Report of the Indian Hemp Drugs Commission, 1894-1895 - Volume IV
Year: 1894
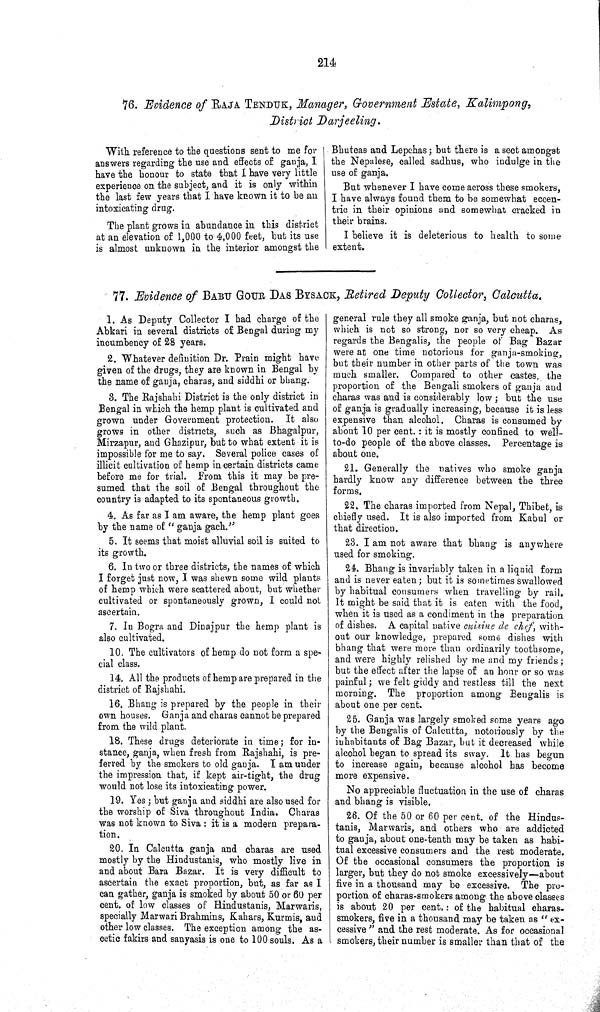
214
76. Evidence of RAJA TENDUK, Manager, Government Estate, Kalimpong,
District Darjeeling.
With reference to the questions sent to me for
answers regarding the use and effects of ganja, I
have the honour to state that I have very little
experience on the subject, and it is only within
the last few years that I have known it to be an
intoxicating drug.
The plant grows in abundance in this district
at an elevation of 1,000 to 4,000 feet, but its use
is almost unknown in the interior amongst the
Bhuteas and Lepchas; but there is a sect amongst
the Nepalese, called sadhus, who indulge in the
use of ganja.
But whenever I have come across these smokers,
I have always found them to be somewhat eccen-
tric in their opinions and somewhat cracked in
their brains.
I believe it is deleterious to health to some
extent.
77. Evidence of BABU GOUR DAS BYSACK, Retired Deputy Collector, Calcutta.
1. As Deputy Collector I had charge of the
Abkari in several districts of Bengal during my
incumbency of 28 years.
2. Whatever definition Dr. Prain might have
given of the drugs, they are known in Bengal by
the name of ganja, charas, and siddhi or bhang.
3. The Rajshahi District is the only district in
Bengal in which the hemp plant is cultivated and
grown under Government protection. It also
grows in other districts, such as Bhagalpur,
Mirzapur, and Ghazipur, but to what extent it is
impossible for me to say. Several police cases of
illicit cultivation of hemp in certain districts came
before me for trial. From this it may be pre-
sumed that the soil of Bengal throughout the
country is adapted to its spontaneous growth.
4. As far as I am aware, the hemp plant goes
by the name of "ganja gach."
5. It seems that moist alluvial soil is suited to
its growth.
6. In two or three districts, the names of which
I forget just now, I was shewn some wild plants
of hemp which were scattered about, but whether
cultivated or spontaneously grown, I could not
ascertain.
7. In Bogra and Dinajpur the hemp plant is
also cultivated.
10. The cultivators of hemp do not form a spe-
cial class.
14. All the products of hemp are prepared in the
district of Rajshahi.
16. Bhang is prepared by the people in their
own houses. Ganja and charas cannot be prepared
from the wild plant.
18. These drugs deteriorate in time; for in-
stance, ganja, when fresh from Rajshahi, is pre-
ferred by the smokers to old ganja. I am under
the impression that, if kept air-tight, the drug
would not lose its intoxicating power.
19. Yes; but ganja and siddhi are also used for
the worship of Siva throughout India. Charas
was not known to Siva: it is a modern prepara-
tion.
20. In Calcutta ganja and charas are used
mostly by the Hindustanis, who mostly live in
and about Bara Bazar. It is very difficult to
ascertain the exact proportion, but, as far as I
can gather, ganja is smoked by about 50 or 60 per
cent. of low classes of Hindustanis, Marwaris,
specially Marwari Brahmins, Kahars, Kurmis, and
other low classes. The exception among the as-
cetic fakirs and sanyasis is one to 100 souls. As a
general rule they all smoke ganja, but not charas,
which is not so strong, nor so very cheap. As
regards the Bengalis, the people of Bag Bazar
were at one time notorious for ganja-smoking,
but their number in other parts of the town was
much smaller. Compared to other castes, the
proportion of the Bengali smokers of ganja and
charas was and is considerably low; but the use
of ganja is gradually increasing, because it is less
expensive than alcohol. Charas is consumed by
about 10 per cent.: it is mostly confined to well-
to-do people of the above classes. Percentage is
about one.
21. Generally the natives who smoke ganja
hardly know any difference between the three
forms.
22. The charas imported from Nepal, Thibet, is
chiefly used. It is also imported from Kabul or
that direction.
23. I am not aware that bhang is anywhere
used for smoking.
24. Bhang is invariably taken in a liquid form
and is never eaten; but it is sometimes swallowed
by habitual consumers when travelling by rail.
It might be said that it is eaten with the food,
when it is used as a condiment in the preparation
of dishes. A capital native cuisine de chef, with-
out our knowledge, prepared some dishes with
bhang that were more than ordinarily toothsome,
and were highly relished by me and my friends;
but the effect after the lapse of an hour or so was
painful; we felt giddy and restless till the next
morning. The proportion among Bengalis is
about one per cent.
25. Ganja was largely smoked some years ago
by the Bengalis of Calcutta, notoriously by the
inhabitants of Bag Bazar, but it decreased while
alcohol began to spread its sway. It has begun
to increase again, because alcohol has become
more expensive.
No appreciable fluctuation in the use of charas
and bhang is visible.
26. Of the 50 or 60 per cent. of the Hindus-
tanis, Marwaris, and others who are addicted
to ganja, about one-tenth may be taken as habi-
tual excessive consumers and the rest moderate.
Of the occasional consumers the proportion is
larger, but they do not smoke excessively—about
five in a thousand may be excessive. The pro-
portion of charas-smokers among the above classes
is about 20 per cent,: of the habitual charas-
smokers, five in a thousand may be taken as "ex-
cessive" and the rest moderate. As for occasional
smokers, their number is smaller than that of the